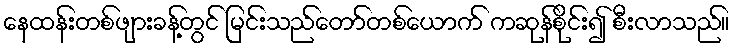
နေထန်းတစ်ဖျားခန့်တွင် မြင်းသည်တော်တစ်ယောက် ကဆုန်စိုင်း၍ စီးလာသည်။